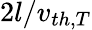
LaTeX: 2l/v_{th,T}